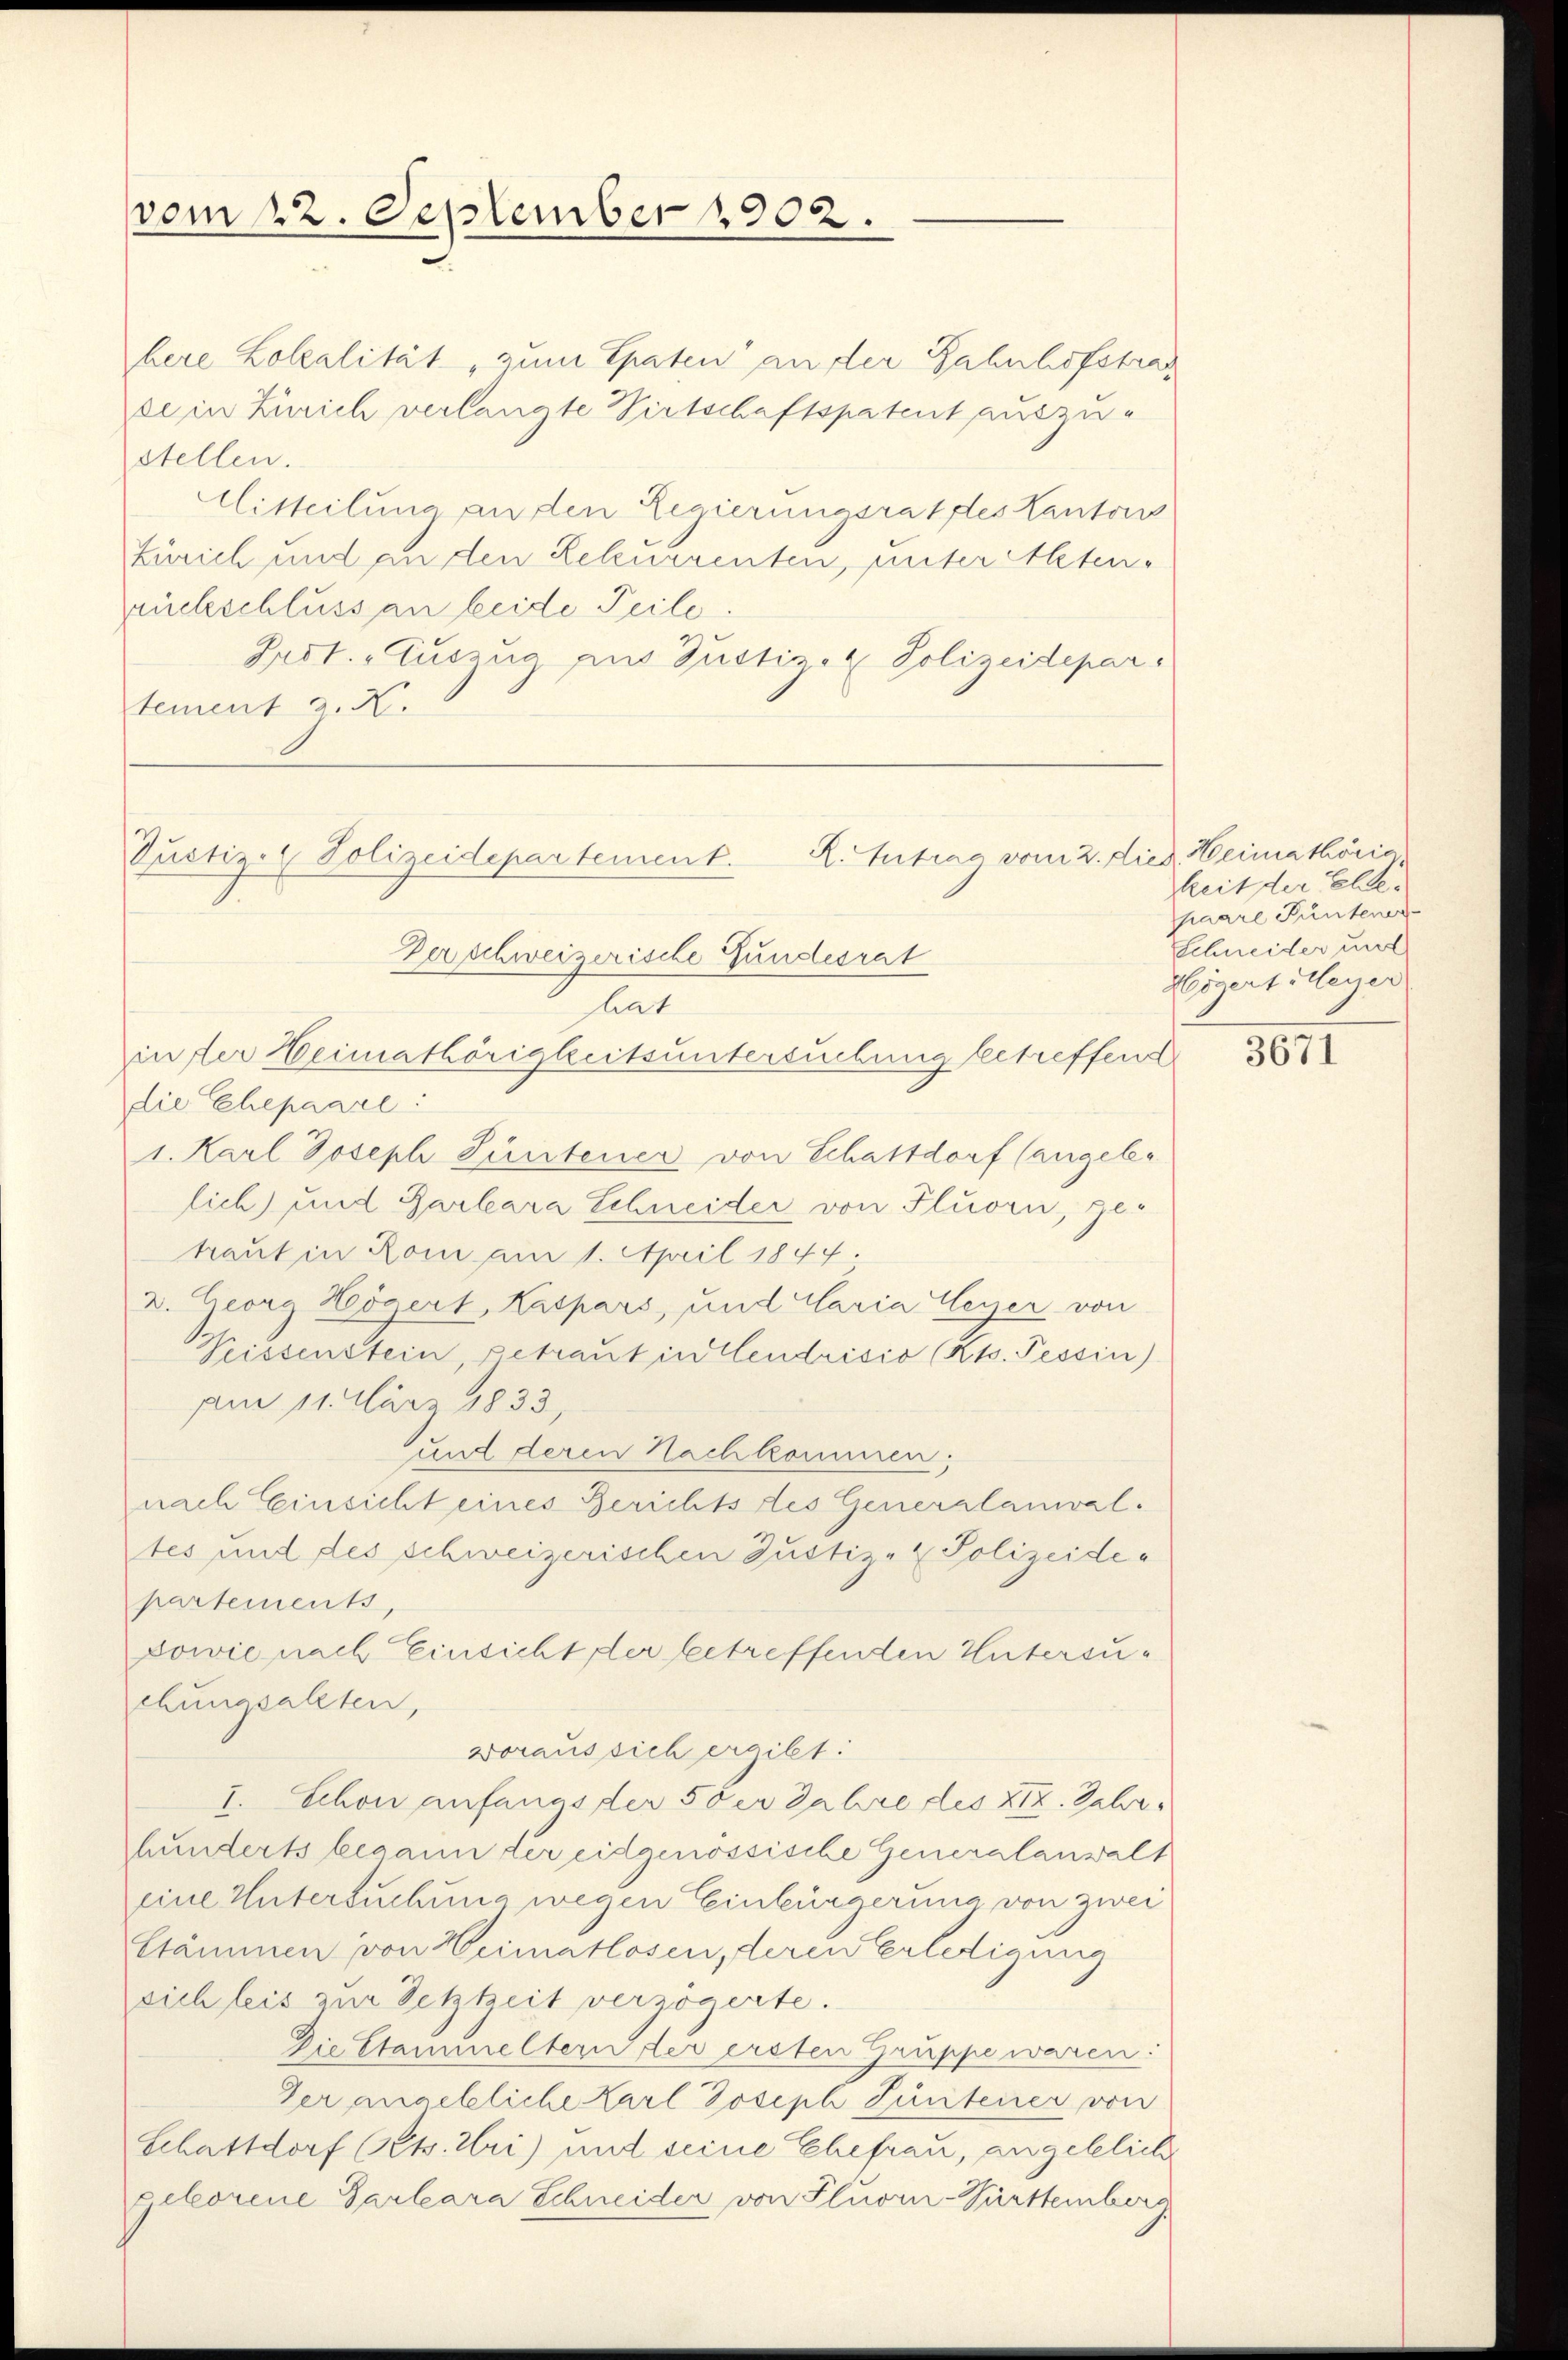
vom 22. September 1902.

here Lokalität zum Epaten an der Bahnhofstrase in Zürich verlangte Virtschaftspatent auszustellen.
Mitteilung an den Regierungsrat des Kantons
Zürich und an den Rekurrenten, unter Altenruchschluss an beide Teile.
Prot. Auszug aus Justiz- & Polizeidepar
tement a. N.
Zerschweizerische Gundesrat
hat
in der Heimathörigkeitsuntersuchung betreffend
die Ehepaare:
1. Karl Joseph Güntener von Schattdorf (angeler
lich) und Barbara Schneider von Fluorn, getraut in Rom am 1. April 1847.
2. Georg Högert, Kaspars, und Claria Weyer von
Veissenstein, getraut in Elendrisio (Kts. Tessin)
am 11. März 1833
und deren Nachkommen;
nach Einsicht eines Berichts des Generalanwaltes und des schweizerischen Justiz- & Polizeidepartements,
Sowie nach Einsicht der betreffenden Untersuchungsalten,
voraussich ergibt:
I. Schon anfangs der 5 der Jahre des XIX. Jahr
hunderts begann der eidgenössische Generalanwalt
eine Untersuchung wegen Einbürgerung von zwei
Stämmen von Heimatlosen, deren Erledigung
sich leis zur Setztzeit verzögerte.
Die Stammeltern der ersten Gruppe waren:
Der angebliche Karl Joseph Güntener von
Schattdorf Kts. Uri) und seine Ehefrau, angeblich
geborene Garleara Schneider von Pluorn-Württemberg

Justiz- & Polizeidepartement.

R. Antrag vom 2. Died. Heimathörig

keit der Elte
paare Püntener
Schneider und
Högertolleger

3077